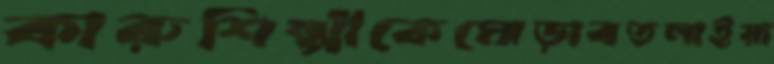
কারুশিল্পীকেমোড়াবতলাইয়া